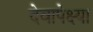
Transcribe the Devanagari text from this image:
देवापेक्ष्या